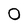
Character: 0